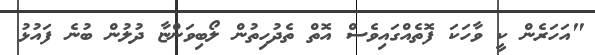
"އަހަރެން ކީ ވާހަކަ ފޮތެއްގައިވެސް އޮތް ތެދުހިތުން ލޯބިވަންޏާ ދުލުން ބުނެ ފައުޅު